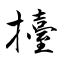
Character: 擡